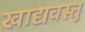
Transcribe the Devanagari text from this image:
खाद्यवस्तु